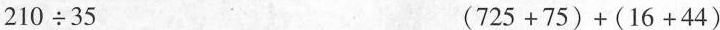
$$2 1 0\div3 5$$ $$(7 2 5+7 5)+(1 6+4 4)$$